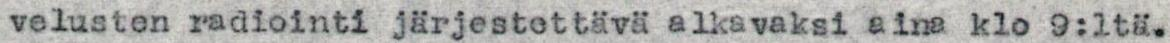
velusten radiointi järjestettävä alkavaksi aina klo 9:ltä.